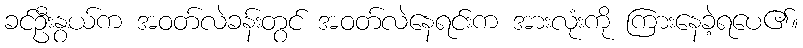
ခင်ဦးနွယ်က အဝတ်လဲခန်းတွင် အဝတ်လဲနေရင်းက အားလုံးကို ကြားနေခဲ့ရပေ၏။